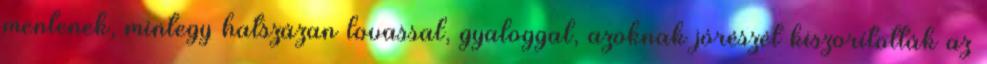
mentenek, mintegy hatszázan lovassal, gyaloggal, azoknak jórészét kiszorították az